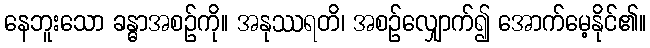
နေဘူးသော ခန္ဓာအစဉ်ကို။ အနုဿရတိ၊ အစဉ်လျှောက်၍ အောက်မေ့နိုင်၏။